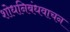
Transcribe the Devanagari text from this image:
शोधनिबंधवाचन